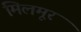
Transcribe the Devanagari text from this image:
मिलमूर